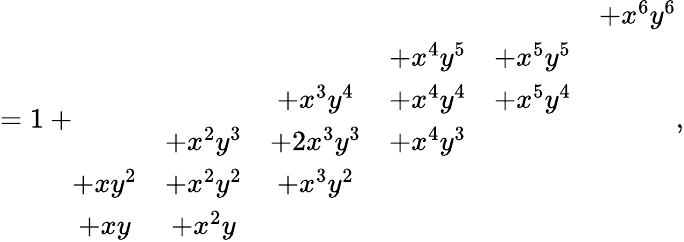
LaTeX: =1+\begin{array}{cccccc}&&&&&{+x^{6}y^{6}}\\ &&&{+x^{4}y^{5}}&{+x^{5}y^{5}}&\\ &&{+x^{3}y^{4}}&{+x^{4}y^{4}}&{+x^{5}y^{4}}&\\ &{+x^{2}y^{3}}&{+2x^{3}y^{3}}&{+x^{4}y^{3}}&&\\ {+xy^{2}}&{+x^{2}y^{2}}&{+x^{3}y^{2}}&&&\\ {+xy}&{+x^{2}y}&&&&\end{array},